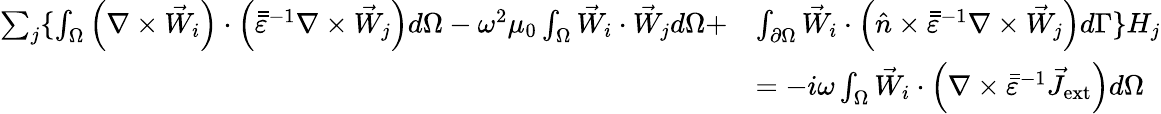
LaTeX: \begin{array}{rl}{\sum_{j}\{ \int_{\Omega}\left(\nabla\times\vec{W}_{i}\right)\cdot\left(\bar{\bar{\varepsilon}}^{-1}\nabla\times\vec{W}_{j}\right)d\Omega-\omega^{2}\mu_{0}\int_{\Omega}\vec{W}_{i}\cdot\vec{W}_{j}d\Omega+}&{\int_{\partial\Omega}\vec{W}_{i}\cdot\left(\hat{n}\times\bar{\bar{\varepsilon}}^{-1}\nabla\times\vec{W}_{j}\right)d\Gamma\} H_{j}}\\ &{=-i\omega\int_{\Omega}\vec{W}_{i}\cdot\left(\nabla\times\bar{\bar{\varepsilon}}^{-1}\vec{J}_{\mathrm{ext}}\right)d\Omega}\end{array}